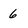
Character: 6